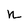
Character: n